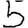
Digit: 5